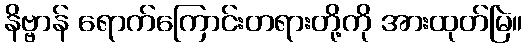
နိဗ္ဗာန် ရောက်ကြောင်းတရားတို့ကို အားထုတ်မြဲ။